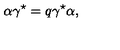
\alpha \gamma ^ { \star } = q \gamma ^ { \star } \alpha ,